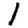
Digit: 1